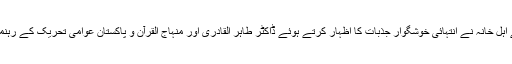
اس موقع پر شہداء کے اہل خانہ نے انتہائی خوشگوار جذبات کا اظہار کرتے ہوئے ڈاکٹر طاہر القادری اور منہاج القرآن و پاکستان عوامی تحریک کے رہنمائوں کا شکریہ ادا کیا۔